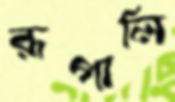
রূপালি